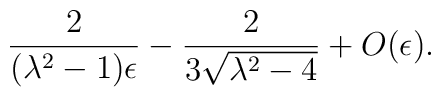
{2 \over (\lambda^2 - 1)\epsilon} - {2 \over 3\sqrt{\lambda^2 - 4}} +O(\epsilon).